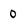
Character: 0